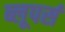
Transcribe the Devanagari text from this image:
ब्लूपर्स